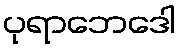
ပုရာဘေဒေါ